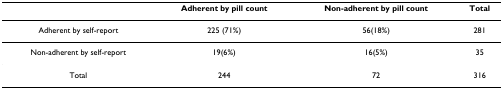
<table><thead><tr><td></td><td><b>Adherent by pill count</b></td><td><b>Non-adherent by pill count</b></td><td><b>Total</b></td></tr></thead><tbody><tr><td>Adherent by self-report</td><td>225 (71%)</td><td>56(18%)</td><td>281</td></tr><tr><td>Non-adherent by self-report</td><td>19(6%)</td><td>16(5%)</td><td>35</td></tr><tr><td>Total</td><td>244</td><td>72</td><td>316</td></tr></tbody></table>